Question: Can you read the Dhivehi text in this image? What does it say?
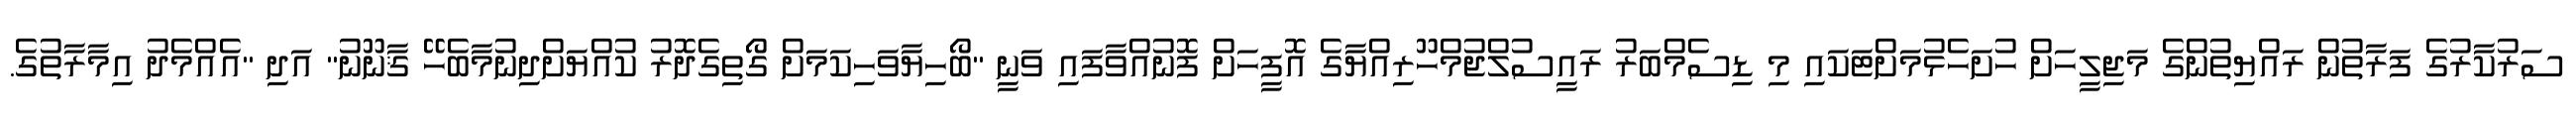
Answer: ސަރުކާރުގެ ފަރާތުން ރައްޔިތުންގެ މަޖިލީހަށް ހުށަހެޅުމަށްޓަކައި މި ޑިސެމްބަރު ރައީސުލްޖުމްހޫރިއްޔާގެ އޮފީހަށް ފޮނުއްވާފައި ވަނީ "ބޯހިޔާވަހިކަމަށް ގޯތިގެދޮރު ކުއްޔަށްދިނުމާބެހޭ ޤާނޫނު" އަދި "އެއްމެދު އިމާރާތުގެ.